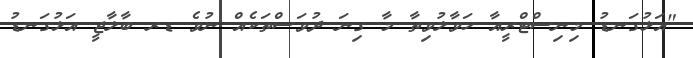
"އަޅުގަނޑު މިނިސްޓްރީއާ ހަވާލުވިތާ މާ ގިނަ ދުވަސްތަކެއް ނުވެ ޑރ ބާލާޖީ އަޅުގަނޑު